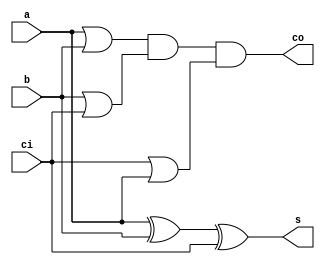
// Adder 

module adder(s, co, a, b, ci);

   output s, co;	//Outputs of Sum and Carry Out
   input  a, b, ci;	//Inputs of A, b and Carry In
   
   wire   o0, o1, o2;	//Internal wiring
   	
   xor(s, a, b, ci);	//Calculation of Sum
   
   or(o0, a, b);	//Calculation of Carry Out
   or(o1, b, ci);
   or(o2, ci, a);
   and(co, o0, o1, o2);
   
endmodule // adder

//adder 7
module adder7(s, co, a, b, ci);
   
   output [6:0] s;	//7-bit Sum output
   output co;		//Output bit of Carry out
   
   input [6:0] 	a, b;	//7-bit Input A and B
   input ci;		//Input bit of Carry in
   
   wire 	c1, c2, c3, c4, c5, c6;
   adder a0(s[0], c1, a[0], b[0], ci);
   adder a1(s[1], c2, a[1], b[1], c1);	
   adder a2(s[2], c3, a[2], b[2], c2);
   adder a3(s[3], c4, a[3], b[3], c3);
   adder a4(s[4], c5, a[4], b[4], c4);
   adder a5(s[5], c6, a[5], b[5], c5);
   adder a6(s[6], co, a[6], b[6], c6);
   
endmodule // adder8

//7-operand adder
module adder7_8(s, co, a, b, c, d, e, f, g, h, ci);

	output [6:0] s;
	output co;
	input  [6:0] a, b, c, d, e, f, g, h;
	input ci; 

	wire [6:0] s1,s2,s3,s4,s5,s6;
	wire co1, co2, co3, co4, co5, co6;
	
	adder7 a0(s1, co1, a, b, ci);
	adder7 a1(s2, co2, c, s1, co1);
	adder7 a2(s3, co3, d, s2, co2);
	adder7 a3(s4, co4, e, s3, co3);
	adder7 a4(s5, co5, f, s4, co4);
	adder7 a5(s6, co6, g, s5, co5);
	adder7 a6(s, co, h, s6, co6);

endmodule //7-operand adder